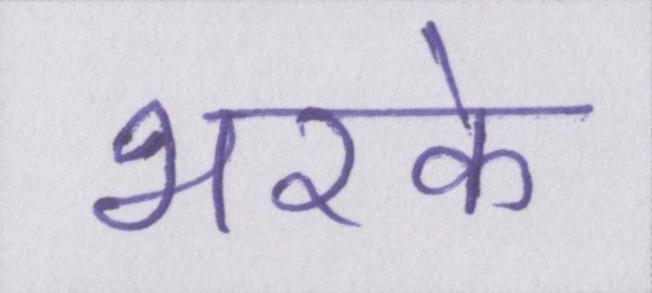
भरके